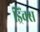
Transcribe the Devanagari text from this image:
ड्रिंक्‍स